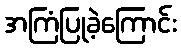
အကြံပြုခဲ့ကြောင်း